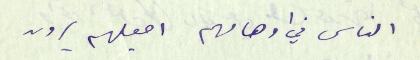
الناس في اوهامهم اجعلهم يرون